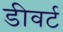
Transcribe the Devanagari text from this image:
डीवर्ट